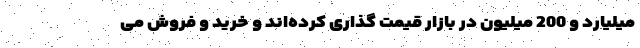
میلیارد و 200 میلیون در بازار قیمت گذاری کرده‌اند و خرید و فروش می